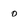
Character: 0